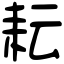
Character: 耘